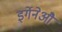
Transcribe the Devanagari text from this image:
इर्गेनेऔ